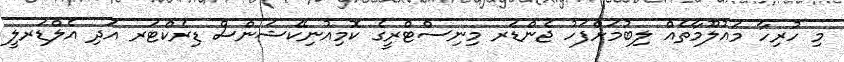
މި ހުރިހާ މައުލޫމާތެއް ލިބުމަށްފަހު ޖެންޑަރ މިނިސްޓްރީގެ ކޮމިއުނިކޭޝަންސް ޑިރެކްޓަރ އަދި އެލްޑަރލީ